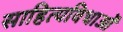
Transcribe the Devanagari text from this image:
साहित्यविधाओं